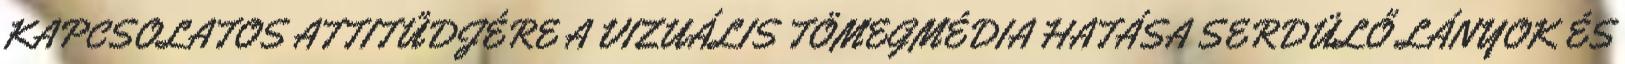
KAPCSOLATOS ATTITŰDJÉRE A VIZUÁLIS TÖMEGMÉDIA HATÁSA SERDÜLŐ LÁNYOK ÉS